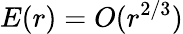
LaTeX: E(r)=O(r^{2/3})